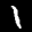
Label: 1